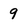
Character: 9